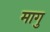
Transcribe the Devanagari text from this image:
मागु